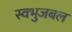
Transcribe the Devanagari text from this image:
स्वभुजबल